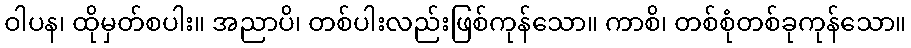
ဝါပန၊ ထိုမှတ်စပါး။ အညာပိ၊ တစ်ပါးလည်းဖြစ်ကုန်သော။ ကာစိ၊ တစ်စုံတစ်ခုကုန်သော။